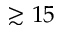
\gtrsim 1 5